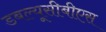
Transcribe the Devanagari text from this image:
डबल्यूसीबीएस